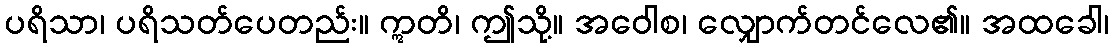
ပရိသာ၊ ပရိသတ်ပေတည်း။ ဣတိ၊ ဤသို့။ အဝေါစ၊ လျှောက်တင်လေ၏။ အထခေါ၊